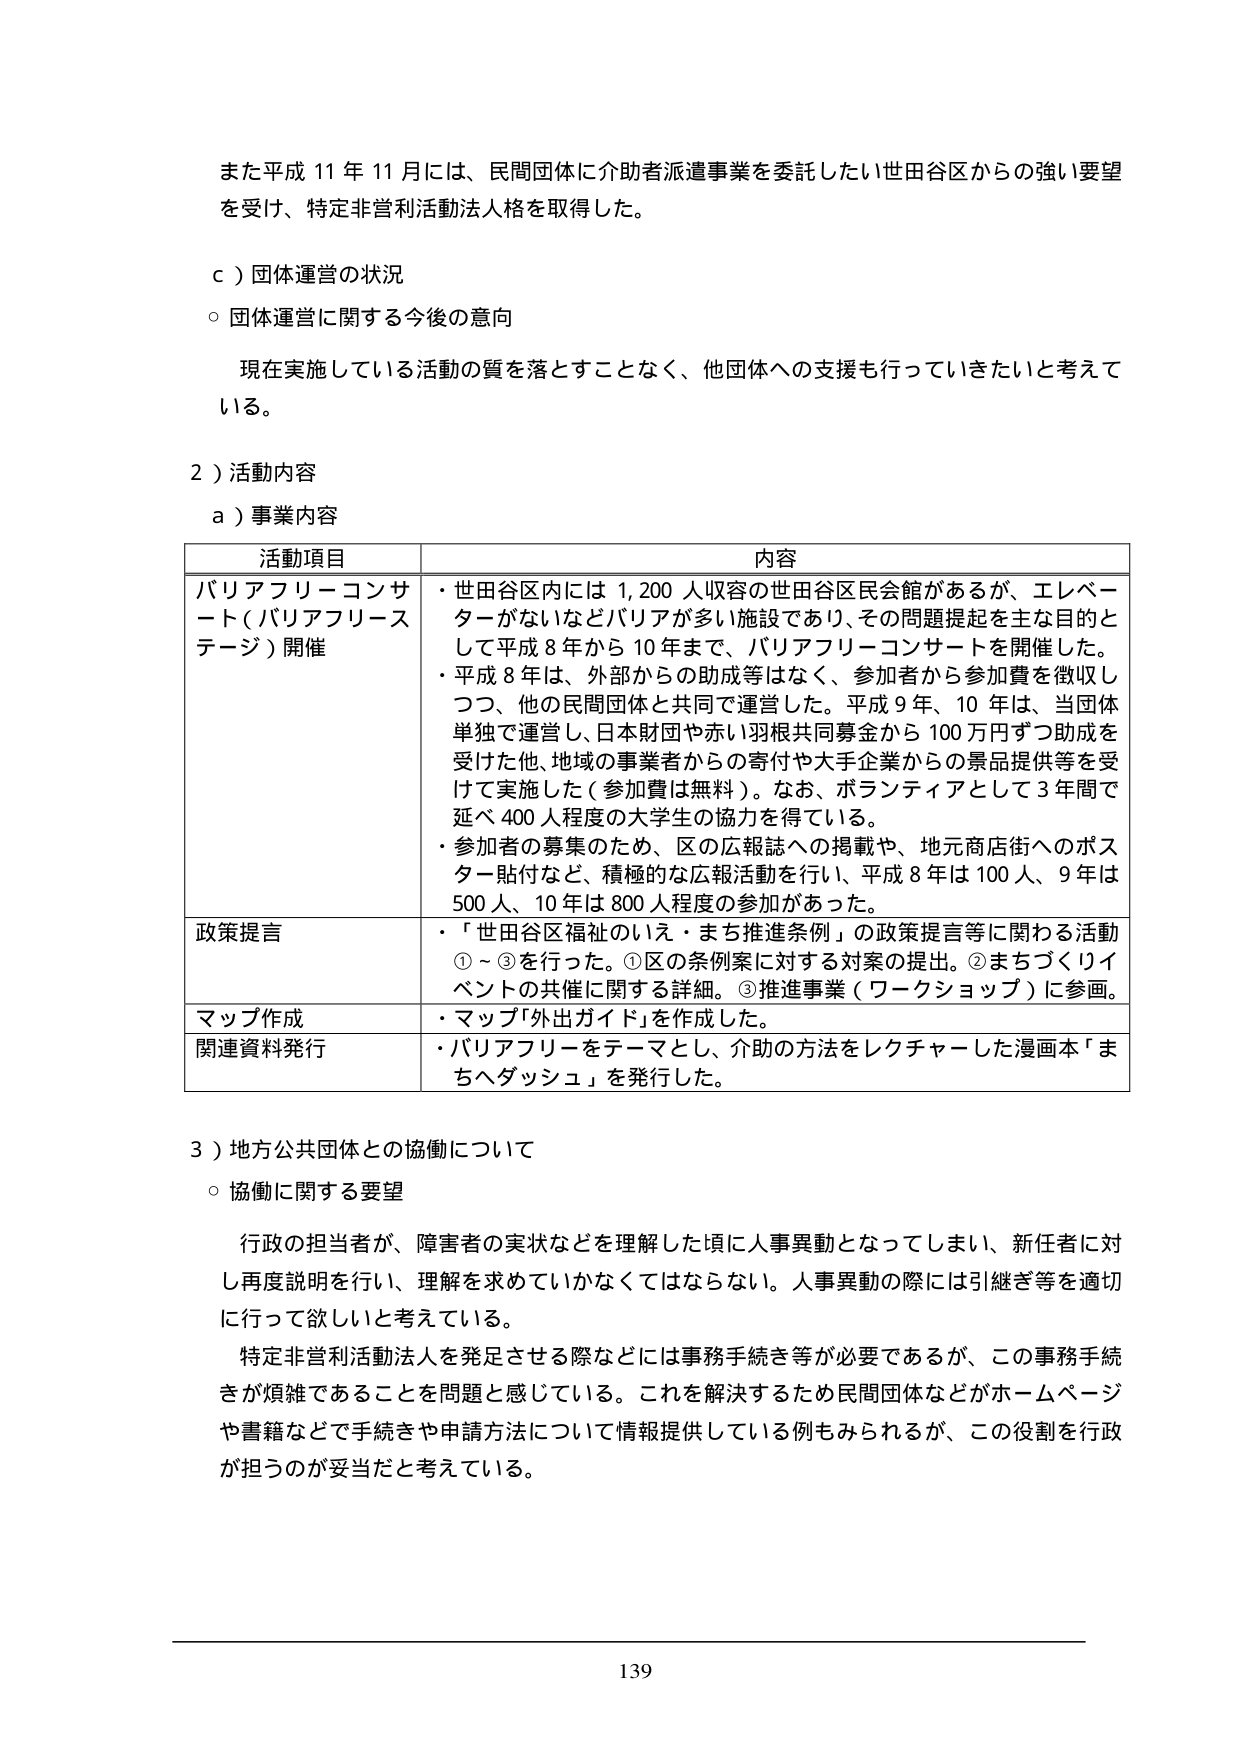
また平成11年11月には、民間団体に介助者派遣事業を委託したい世田谷区からの強い要望を受け、特定非営利活動法人格を取得した。

ｃ）団体運営の状況
○ 団体運営に関する今後の意向
　現在実施している活動の質を落とすことなく、他団体への支援も行っていきたいと考えている。

２）活動内容
ａ）事業内容

| 活動項目 | 内容 |
|----------|------|
| バリアフリーコンサート（バリアフリーステージ）開催 | ・世田谷区内には1,200人収容の世田谷区民会館があるが、エレベーターがないなどバリアが多い施設であり、その問題提起を主な目的として平成8年から10年まで、バリアフリーコンサートを開催した。<br>・平成8年は、外部からの助成等はなく、参加者から参加費を徴収しつつ、他の民間団体と共同で運営した。平成9年、10年は、当団体単独で運営し、日本財団や赤い羽根共同募金から100万円ずつ助成を受けた他、地域の事業者からの寄付や大手企業からの景品提供等を受けた実施した（参加費は無料）。なお、ボランティアとして3年間で延べ400人程度の大学生の協力を得ている。<br>・参加者の募集のため、区の広報誌への掲載や、地元商店街へのポスター貼付など、積極的な広報活動を行い、平成8年は100人、9年は500人、10年は800人程度の参加があった。 |
| 政策提言 | ・「世田谷区福祉のいえ・まち推進条例」の政策提言等に関わる活動①～③を行った。①区の条例案に対する対案の提出。②まちづくりイベントの共催に関する詳細。③推進事業（ワークショップ）に参画。 |
| マップ作成 | ・マップ「外出ガイド」を作成した。 |
| 関連資料発行 | ・バリアフリーをテーマとし、介助の方法をレクチャーした漫画本「まちヘダッシュ」を発行した。 |

３）地方公共団体との協働について
○ 協働に関する要望
　行政の担当者が、障害者の実状などを理解した頃に人事異動となってしまい、新任者に対し再度説明を行い、理解を求めていかなくてはならない。人事異動の際には引継ぎ等を適切に行って欲しいと考えている。
　特定非営利活動法人を発足させる際などには事務手続き等が必要であるが、この事務手続きが煩雑であることを問題と感じている。これを解決するため民間団体などがホームページや書籍などで手続きや申請方法について情報提供している例もみられるが、この役割を行政が担うのが妥当だと考えている。

139